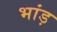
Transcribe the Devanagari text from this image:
भांड़